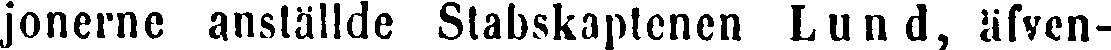
jonerne anställde Stabskaptenen Lund, äfven-